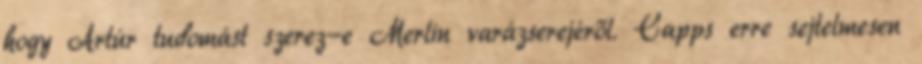
hogy Artúr tudomást szerez-e Merlin varázserejéről. Capps erre sejtelmesen